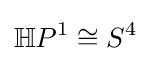
\mathbb {H} P^{1}\cong S^{4}